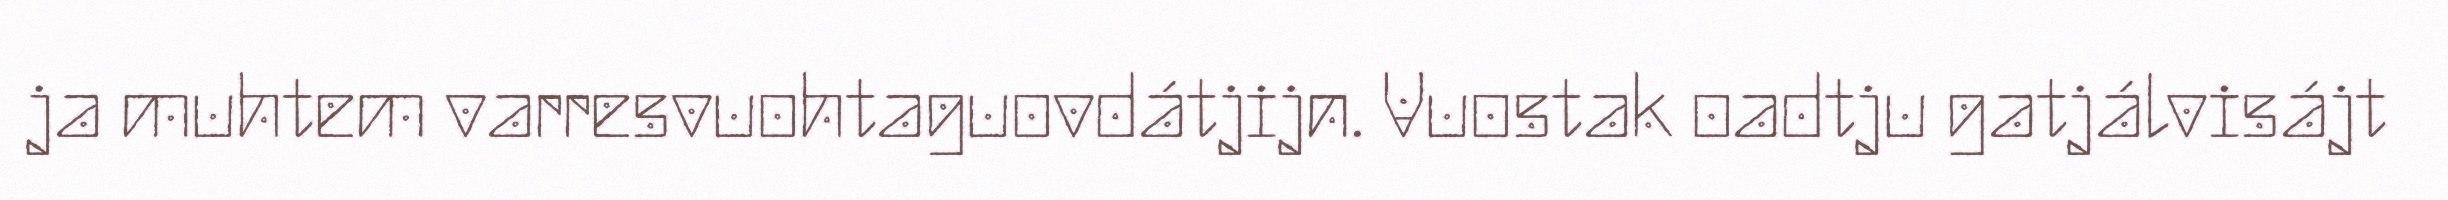
ja muhtem varresvuohtaguovdátjijn. Vuostak oadtju gatjálvisájt